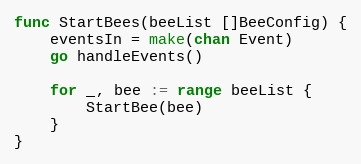
Language: Go
func StartBees(beeList []BeeConfig) {
	eventsIn = make(chan Event)
	go handleEvents()

	for _, bee := range beeList {
		StartBee(bee)
	}
}